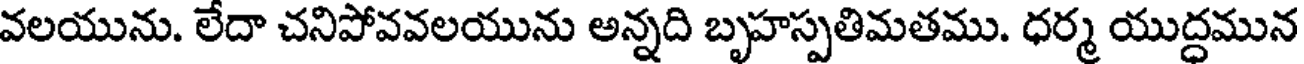
వలయును. లేదా చనిపోవవలయును అన్నది బృహస్పతిమతము. ధర్మ యుద్ధమున